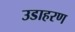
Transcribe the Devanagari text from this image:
उडाहरण